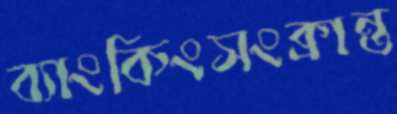
ব্যাংকিংসংক্রান্ত